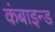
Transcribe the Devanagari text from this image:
कंबाइन्ड